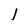
Character: 1